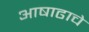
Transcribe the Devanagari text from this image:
आषाढाचे